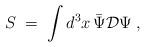
LaTeX: \begin{align*}S\;=\; \int d^3x \,\bar{\Psi} {\mathcal D} \Psi \;,\end{align*}